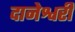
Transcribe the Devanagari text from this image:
दानेश्वरी